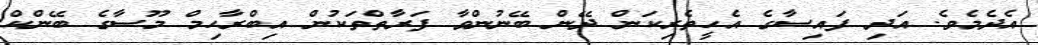
އެދެމެވެ. އަދި ފައިސާގެ އެހީތެރިކަން ދޭން ބޭނުންވާ ފަރާތްތަކުން އިބްރާހިމް މޫސާގެ ބޭންކް